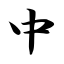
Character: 中